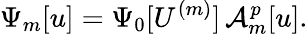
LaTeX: \Psi_{m}[u]=\Psi_{0}[U^{(m)}]\, \mathcal{A}_{m}^{p}[u].